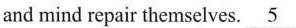
and mind repair themselves. \underline{5}